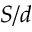
S / d